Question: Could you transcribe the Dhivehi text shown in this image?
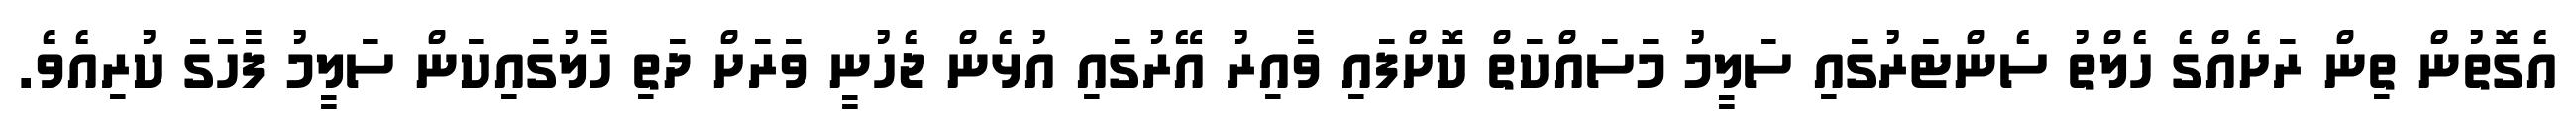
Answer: އެގޮތުން ތިން ރަށެއްގެ ހެލްތު ސެންޓަރުގައި ސަލީމު މަސައްކަތް ކޮށްފައި ވާއިރު އޭރުގައި އުޅެން ޖެހުނީ ވަރަށް ދަތި ހާލުގައިކަން ސަލީމު ފާހަގަ ކުރިއެވެ.